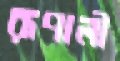
রূপালী